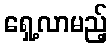
ရှေ့လာမည့်